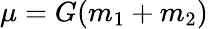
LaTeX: \mu=G(m_{1}+m_{2})